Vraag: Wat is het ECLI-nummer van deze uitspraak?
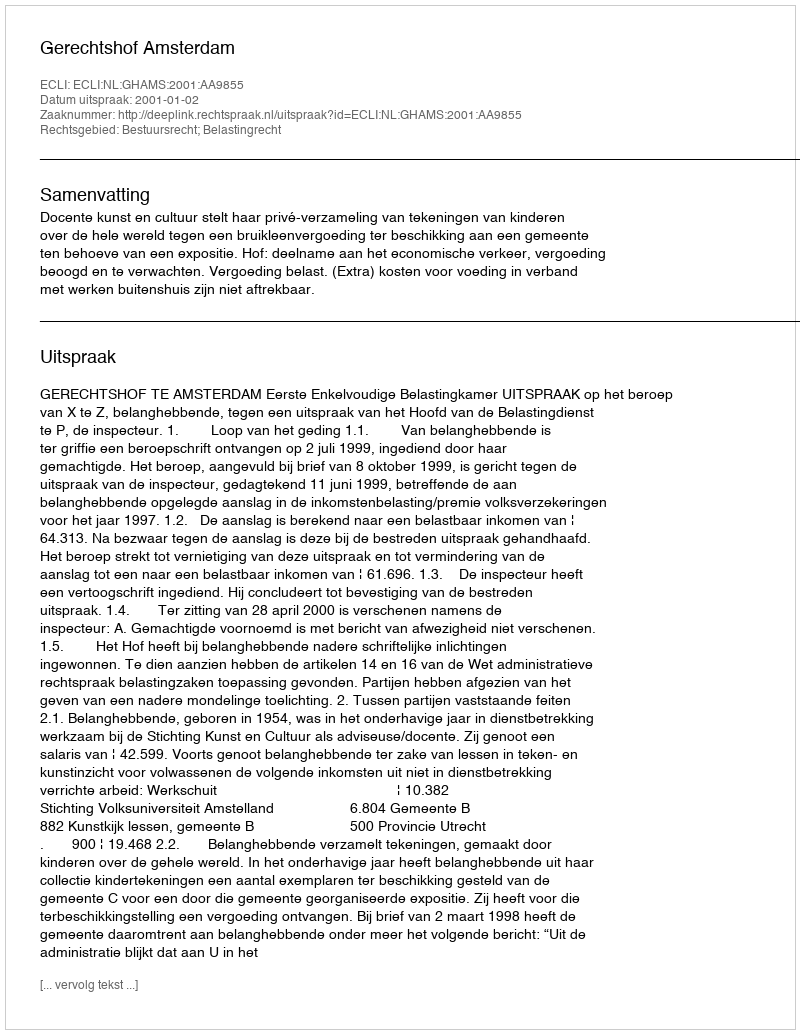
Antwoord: ECLI:NL:GHAMS:2001:AA9855